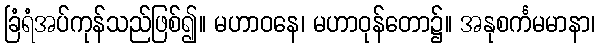
ခြံရံအပ်ကုန်သည်ဖြစ်၍။ မဟာဝနေ၊ မဟာဝုန်တော၌။ အနုစင်္ကမမာနာ၊